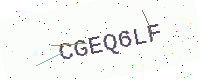
Text: CGEQ6LF